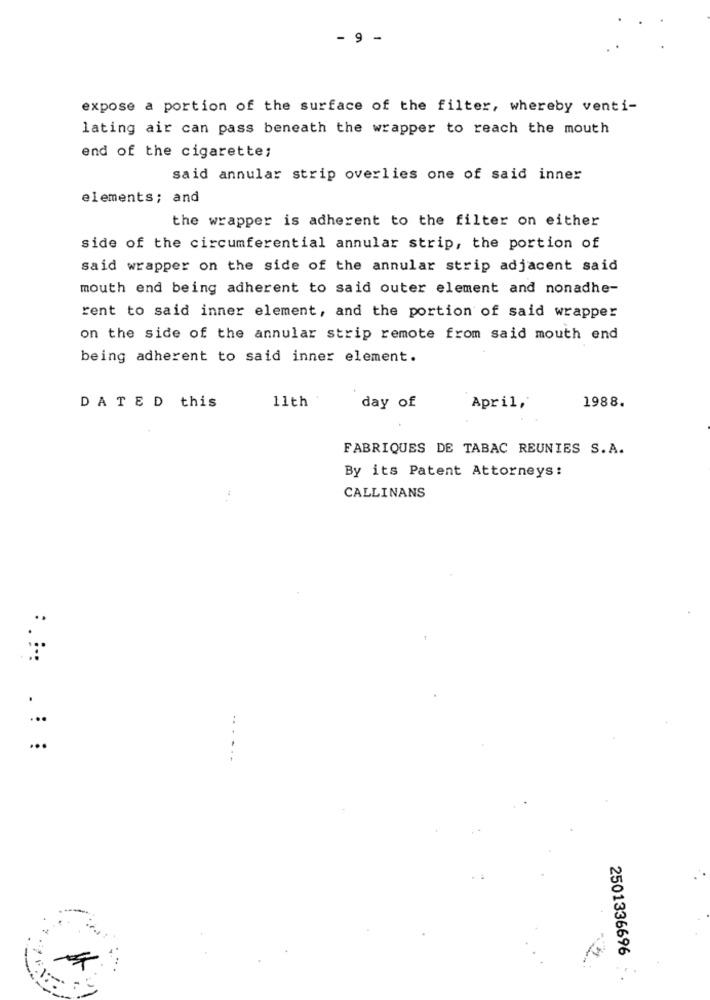
- 9 -
expose a portion of the surface of the filter, whereby venti-
lating air can pass beneath the wrapper to reach the mouth
end of the cigarette;
said annular strip overlies one of said inner
elements; and
the wrapper is adherent to the filter on either
side of the circumferential annular strip, the portion of
said wrapper on the side of the annular strip adjacent said
mouth end being adherent to said outer element and nonadhe-
rent to said inner element, and the portion of said wrapper
on the side of the annular strip remote from said mouth end
being adherent to said inner element.
DATED this
11th
1988.
day of
April,
FABRIQUES DE TABAC REUNIES S.A.
By its Patent Attorneys:
CALLINANS
...
..
...
:.:: .: :
2501336696 -.